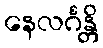
နေလင်္ဂန္တိ